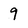
Character: 9